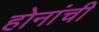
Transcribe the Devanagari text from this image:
होनांची